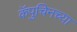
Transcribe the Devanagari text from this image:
कॅपुचिनच्या